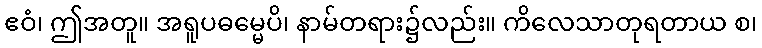
ဧဝံ၊ ဤအတူ။ အရူပဓမ္မေပိ၊ နာမ်တရား၌လည်း။ ကိလေသာတုရတာယ စ၊